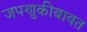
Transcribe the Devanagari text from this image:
जपणुकीबाबत